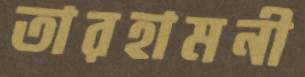
তারহামনী